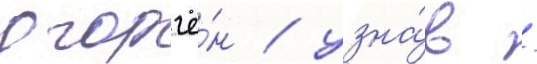
огорчё́н / узна́в /